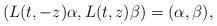
LaTeX: \begin{align*} (L(t,-z)\alpha, L(t,z)\beta)=(\alpha,\beta),\end{align*}